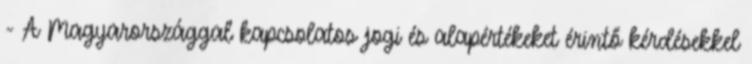
- A Magyarországgal kapcsolatos jogi és alapértékeket érintő kérdésekkel